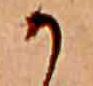
か